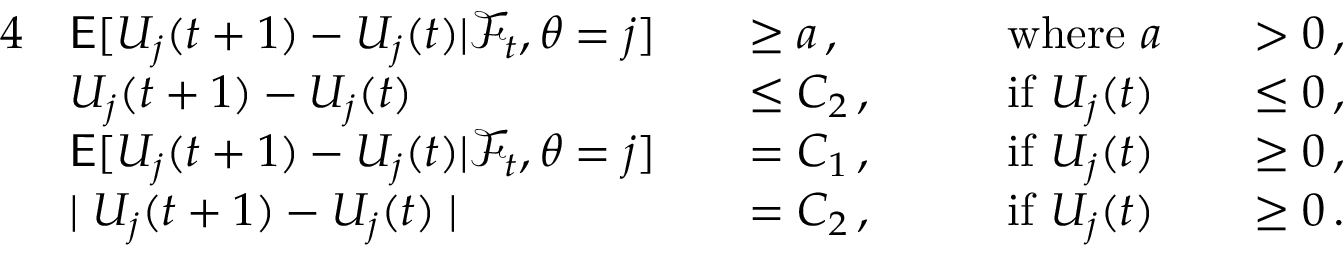
\begin{array} { r l r l r l r l } { { 4 } } & { \mathsf { E } [ U _ { j } ( t + 1 ) - U _ { j } ( t ) | \mathcal { F } _ { t } , \theta = j ] } & & { \ge a \, , } & & { \mathrm { w h e r e ~ } a } & & { > 0 \, , } \\ & { U _ { j } ( t + 1 ) - U _ { j } ( t ) } & & { \le C _ { 2 } \, , \quad } & & { \mathrm { i f ~ } U _ { j } ( t ) } & & { \le 0 \, , } \\ & { \mathsf { E } [ U _ { j } ( t + 1 ) - U _ { j } ( t ) | \mathcal { F } _ { t } , \theta = j ] } & & { = C _ { 1 } \, , } & & { \mathrm { i f ~ } U _ { j } ( t ) } & & { \ge 0 \, , } \\ & { \mid U _ { j } ( t + 1 ) - U _ { j } ( t ) \mid } & & { = C _ { 2 } \, , } & & { \mathrm { i f ~ } U _ { j } ( t ) } & & { \ge 0 \, . } \end{array}